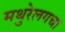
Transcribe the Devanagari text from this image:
मथुरेलगचा